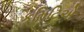
કમિટિએ